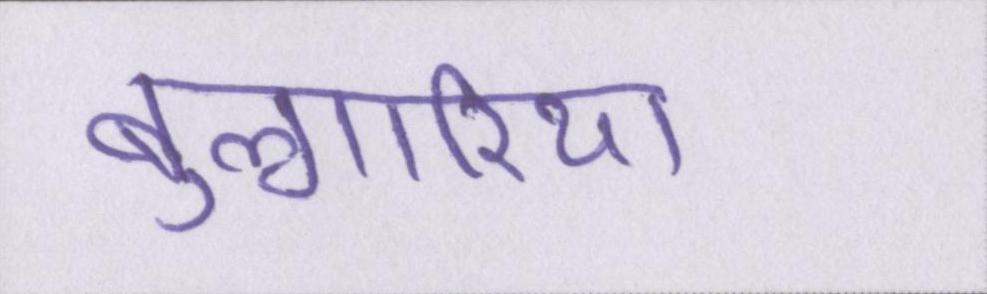
बुल्गारिया